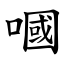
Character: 嘓